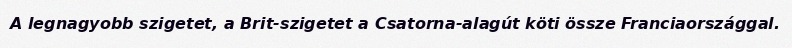
A legnagyobb szigetet, a Brit-szigetet a Csatorna-alagút köti össze Franciaországgal.